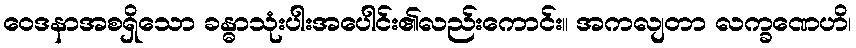
ဝေဒနာအစရှိသော ခန္ဓာသုံးပါးအပေါင်း၏လည်းကောင်း။ အကလျတာ လက္ခဏေဟိ၊